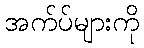
အက်ပ်များကို